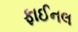
ફાઈનલ